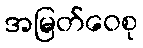
အမြတ်ဝေစု